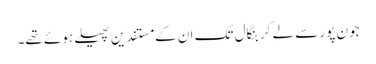
جون پور سے لے کر بنگال تک ان کے مستفدین پھیلے ہوئے تھے۔